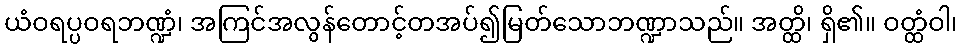
ယံဝရပ္ပဝရဘဏ္ဍံ၊ အကြင်အလွန်တောင့်တအပ်၍မြတ်သောဘဏ္ဍာသည်။ အတ္ထိ၊ ရှိ၏။ ဝတ္ထံဝါ၊